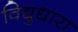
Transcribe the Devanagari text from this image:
विद्युधारा